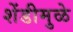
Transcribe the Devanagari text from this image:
शेंडीमुळे